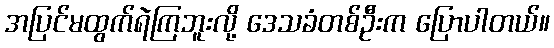
အပြင်မထွက်ရဲကြဘူးလို့ ဒေသခံတစ်ဦးက ပြောပါတယ်။